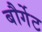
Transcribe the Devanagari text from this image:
बौर्गेट